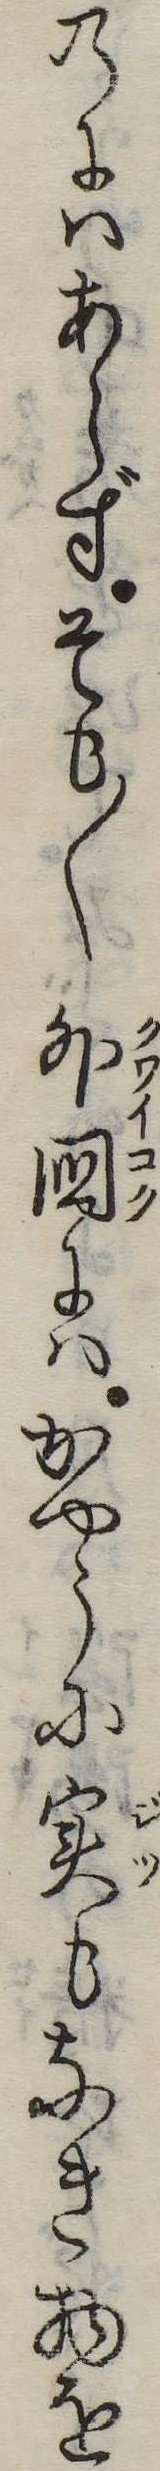
のにはあらずそも〱外国にはかやうに実もなき物を